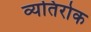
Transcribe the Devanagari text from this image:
व्यतिरोक